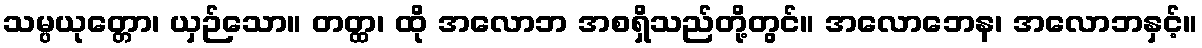
သမ္ပယုတ္တော၊ ယှဉ်သော။ တတ္ထ၊ ထို အလောဘ အစရှိသည်တို့တွင်။ အလောဘေန၊ အလောဘနှင့်။